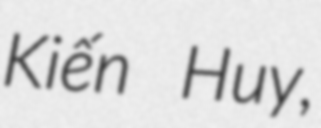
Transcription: Kiến Huy,